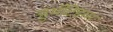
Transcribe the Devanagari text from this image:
ऱ्हुमॅटिझम